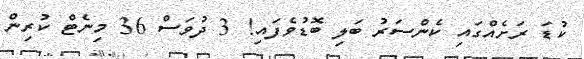
ކުޑަ ރަށެއްގައި ކެންސަރު ބަލި ބޮޑުވެފައި! 3 ދުވަސް 36 މިނެޓް ކުރިން